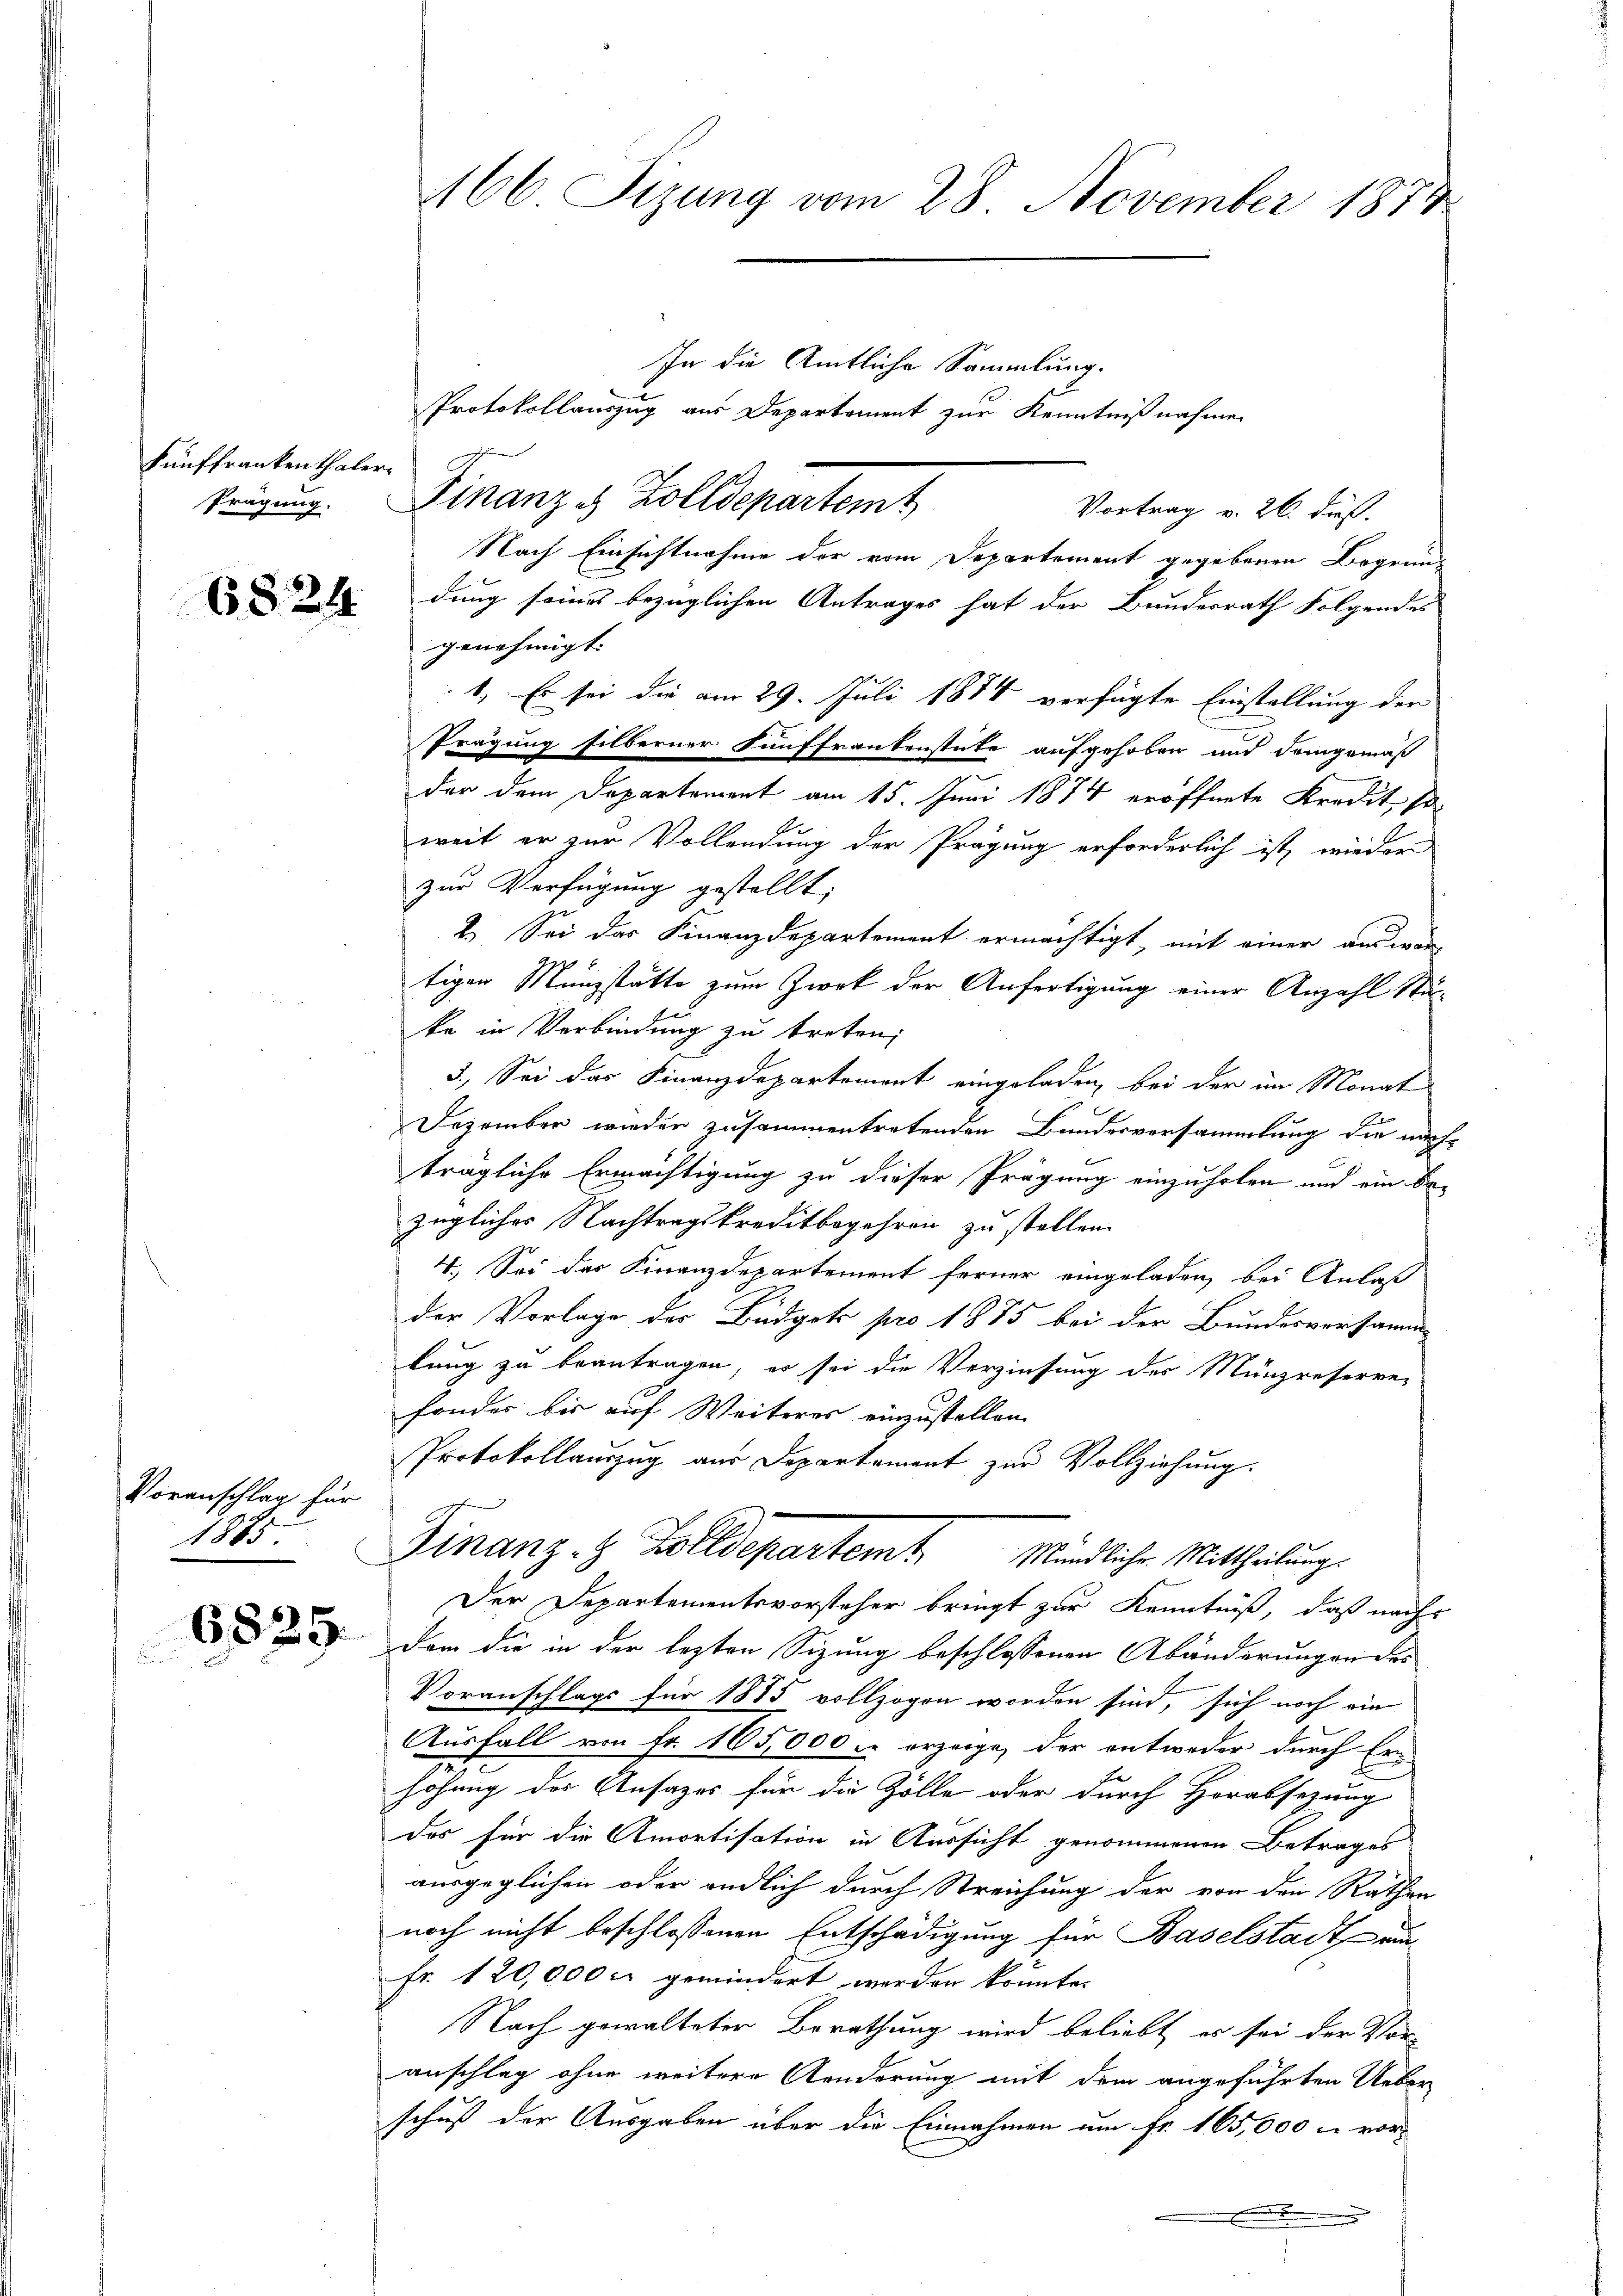
Fünffrankenthaler¬
Prägung.

6824

Voranschlag für
1885

6825.

66 Sizung vom 28. November 1874.

In die Amtliche Sammlung.
Protokollauszug aus Deparkoment zur Kenntnißnahme
Finanze Zolldepartem
Vortrag v. 26. dieß.
Nach Einsichtnahme der vom Departement gegebenen Begrün-
dung seines bezüglichen Antrages hat der Bundesrath Folgendes
genehmigt.
1. Es sei die am 29. Juli 1884 verfügte Einstellung der
Prägung silberner Fünffrankenstute aufgehoben und demgemäß
der dem Departement am 15. Juni 1874 eröffnete Kredit, so
1
weit er zur Vollendung der Prägung erforderlich ist, wieder
zur Verfügung gestellt;
2.) Sei das Finanzdepartement ermächtigt, mit einer aus war
7
tigen Manzstätte zum Zwek der Anfertigung einer Anzahl Stäke in Verbindung zu treten;
3.) Sei das Finanzdepartement eingeladen, bei der im Monat
Dezember wieder zusammentretenden Bundesversammlung die nachträgliche Ermächtigung zu dieser Prägung einzuholen und ein be-
zügliches Nachtragskreditbegehren zu stellen.
4. Sei der Finanzdepartement ferner eingeladen, bei Anlaß
der Vorlage des Büdgets pro 1875 bei der Bundesversamm
lung zu beantragen, es sei die Verzinsung des Münzreserve-
sonder bis auf Weiteres einzustellen.
Protokollauszug aus Departement zur Vollziehung.
Finanz- & Zolldepartem Mündliche Mittheilung.
Der Departementsvorsteher bringt zur Kenntniß, daß nach
dom die in der lezten Sizung beschlossenen Abänderungen des
Voranschlags für 1885 vollzogen worden sind, sich noch ein
Ausfall von Fr. 105,000 & erzeige, der entweder durch Erhöhung der Ansazes für die Zölle oder durch Horabsezung
des für die Amortisation in Aussicht genommenen Betrages
ausgeglichen oder endlich durch Streichung der von den Rathen
noch nicht beschlossenen Entschädigung für Baselstadt au
fr. 120,000 c. gemindert werden konnte.
Nach gewalteter Berathung wird beliebt, es sei der Vor-
anschlag ohne weitere Aenderung mit dem angeführten Ueber
schuß der Ausgaben über die Einnahmen um Fr. 165,000 - vor¬
.